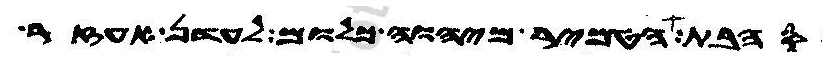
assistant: סהבת הטמיר מיהוה כלום לעדן אעזר